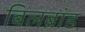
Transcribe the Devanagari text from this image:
बिलब्रांड